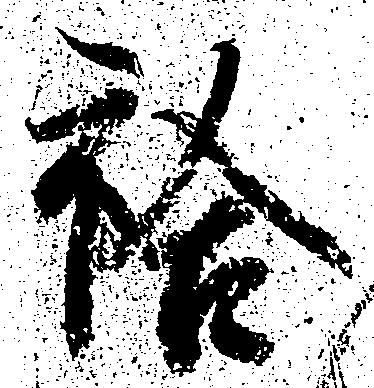
袷